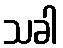
သခါ